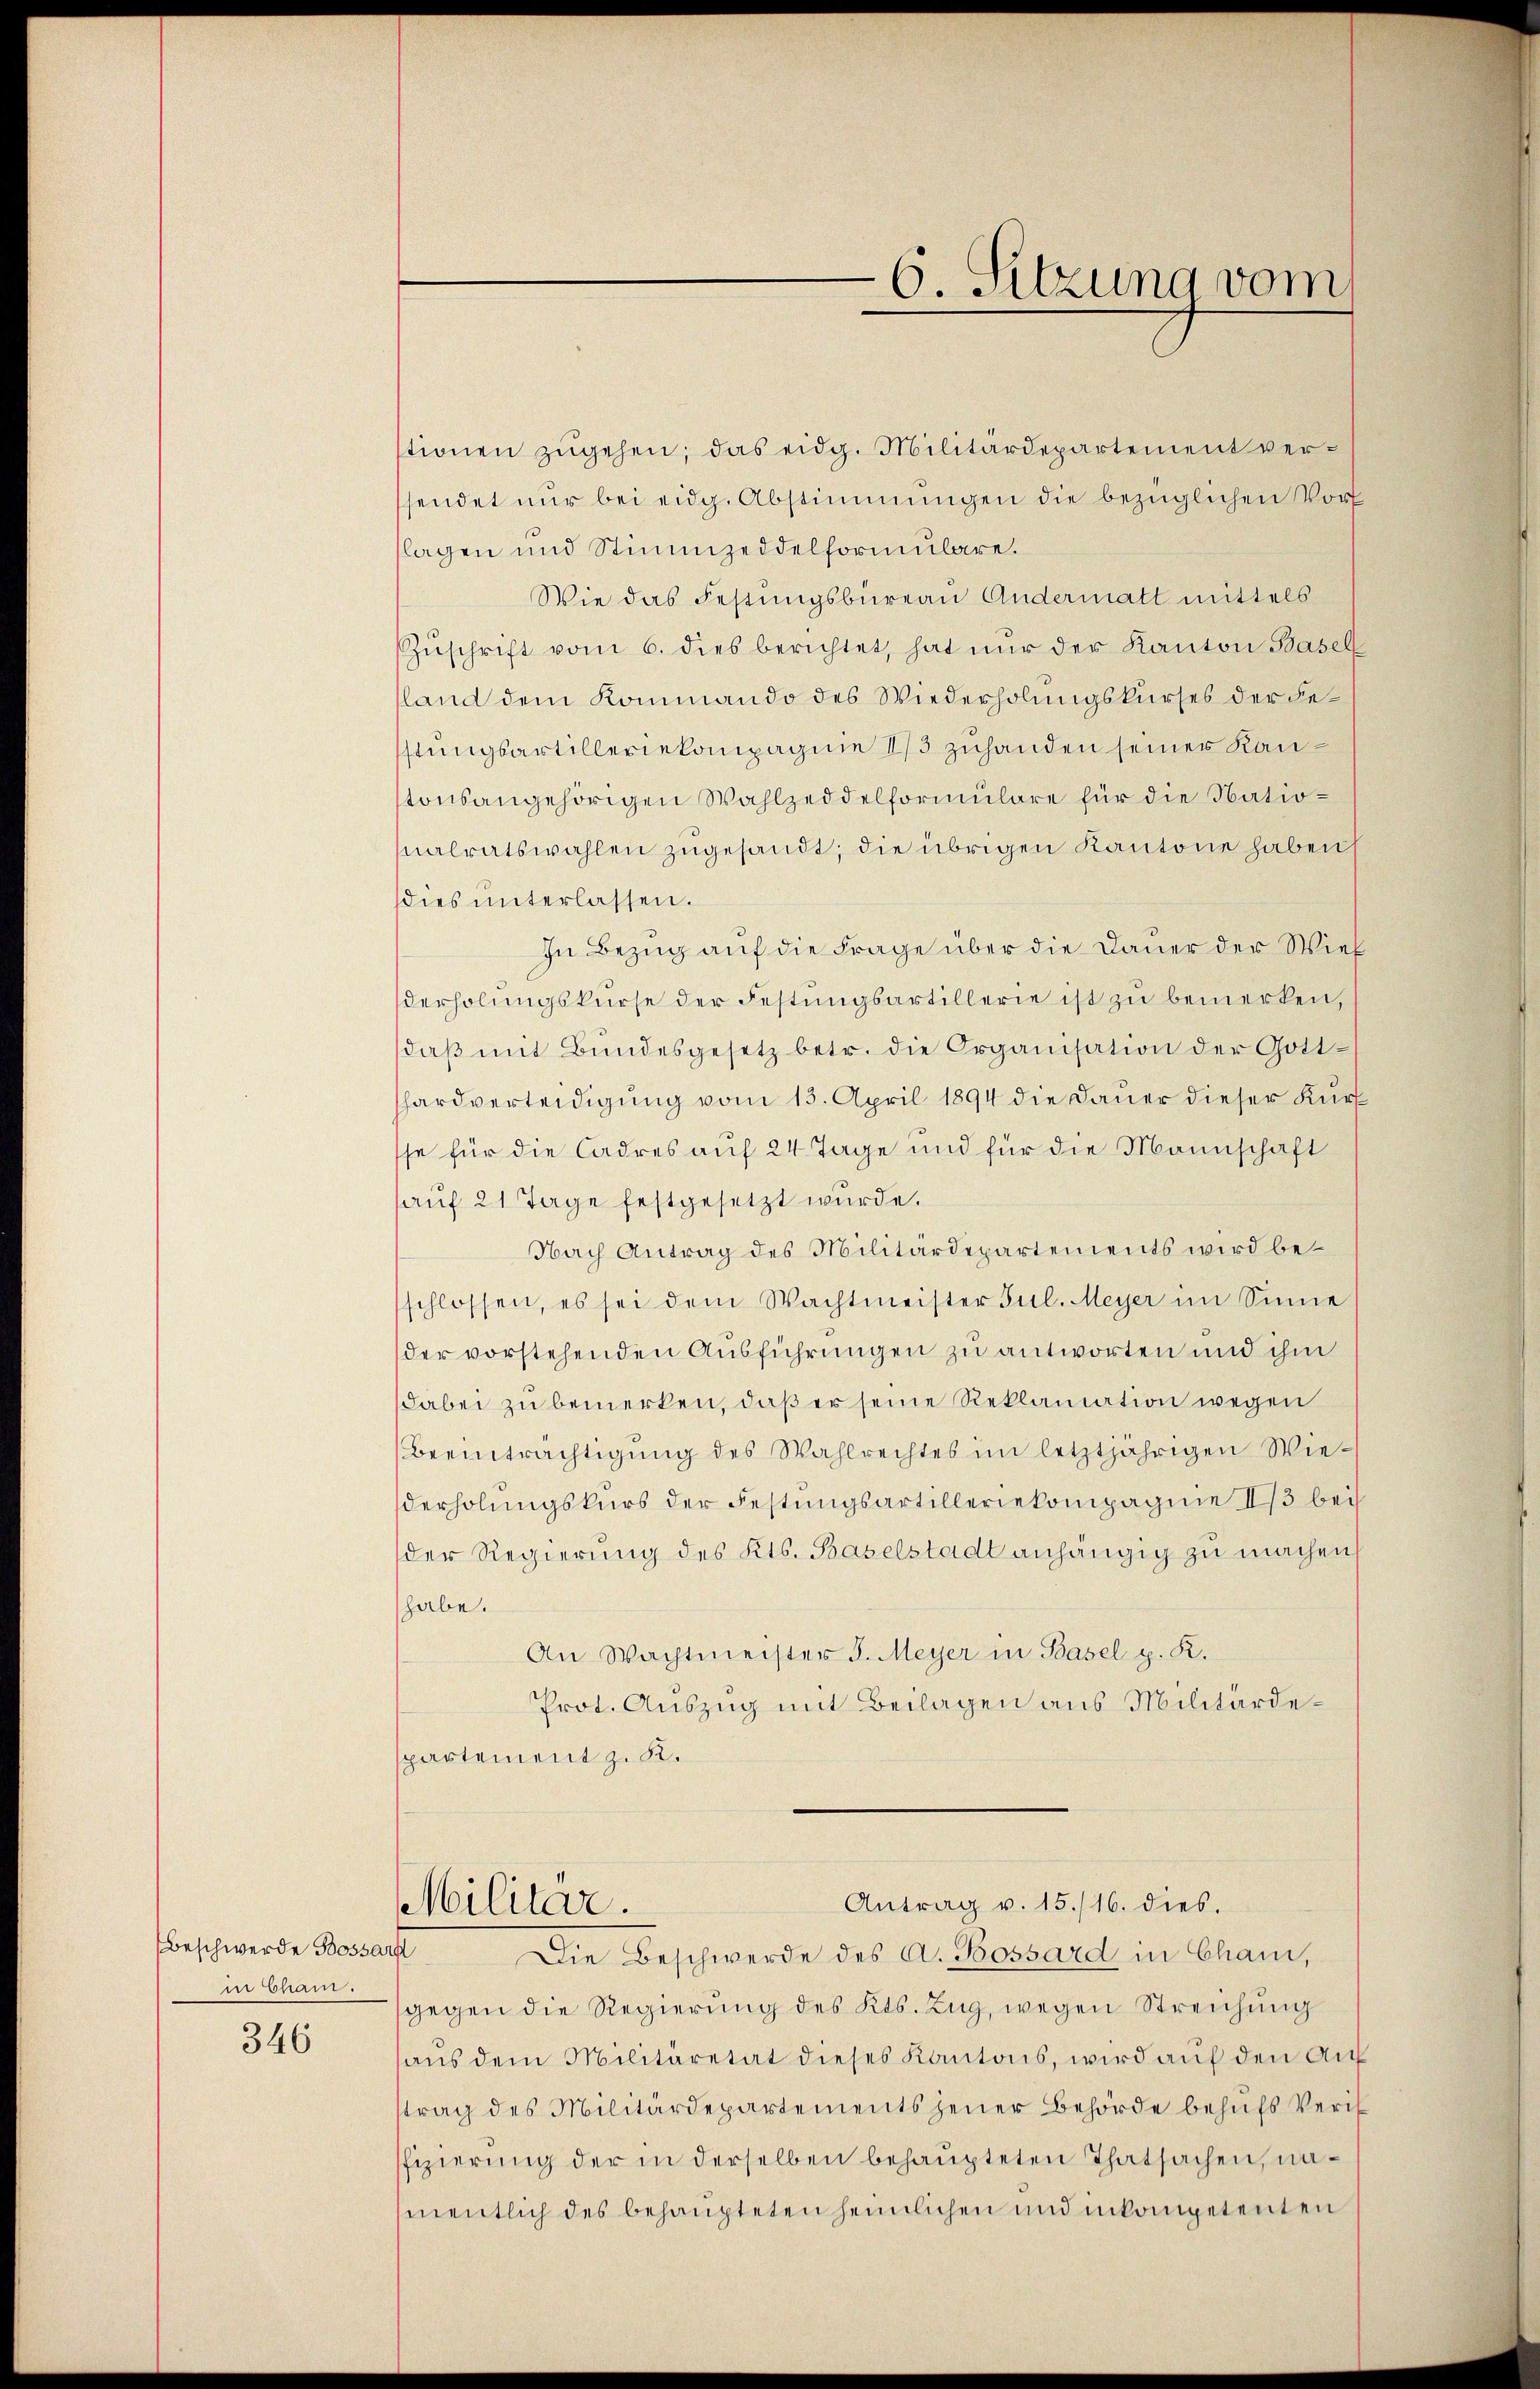
6. Sitzung vom

tionen zŭgehen; das eidg. Militärdepartement versendet nŭr bei eidg. Abstimmungen die bezüglichen Vort
lagen und Stimmzeddelformŭlare.
Wie das Festungsbüreau Andermatt mittels
Zŭschrift vom 6. dies berichtet, hat nŭr der Kanton Basel
land dem Kommando des Wiederholungskurses der Festungsartilleriekompagnie 1/3 zuhanden seiner Kantonsangehörigen Wahlzeddelformulare für die Nationalratswahlen zugesandt, die übrigen Kantone haben
dies unterlassen.
In Bezug auf die Frage über die Dauer der Wies
derholŭngskurse der Festŭngsartillerie ist zu bemerken,
daβ mit Bundesgesetz betr. die Organisation der Gotthardverteidigung vom 13. April 1894 die Dauer dieser Kurf
sse für die Cadres auf 24 Tage und für die Mannschaft
auf 21 Tage festgesetzt wurde.
Nach Antrag des Militärdepartements wird beschlossen, es sei dem Wachtmeister Jul. Meyer im Sinne
der vorstehenden Ausführungen zu antworten und ihm
dabei zu bemerken, daß er seine Reklamation wegen
Beeinträchtigung des Wahlrechtes im letztjährigen Wiederholungskurs der Festungsartilleriekompagnie 13 bei
der Regierung des Kts. Baselstadt anhängig zu machen
habe.
An Wachtmeister J. Meyer in Basel p. K.
Prot. Auszug mit Beilagen aus Militärdespartement z. K.

Militar.

Antrag v. 15./16. dies.
Die Beschwerde des A. Bossard in Cham,

gegen die Regierung des Kts. Zug, wegen Streichung
aus dem Militäretat dieses Kantons, wird auf den Au
trag des Militärdepartements jener Behörde behufs Verif
ffizierŭng der in derselben behaupteten Thatsachen, namentlich des behaupteten heimlichen und inkompetenten

Beschwerde Bossars
in Cham.
346